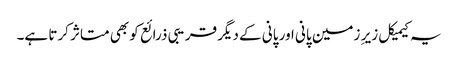
یہ کیمیکل زیر ِ زمین پانی اور پانی کے دیگر قریبی ذرائع کو بھی متاثر کرتا ہے۔